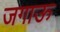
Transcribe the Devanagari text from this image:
जगाऊ